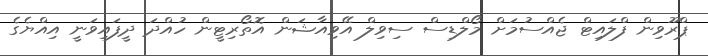
ޕްރޫވިން ފްލައިޓް ޖެއްސުމަށް މޯލްޑިސް ސިވިލް އޭވިއާޝަން އޮތޯރިޓީން ހުއްދަ ދީފައިވަނީ އިއްޔެގެ